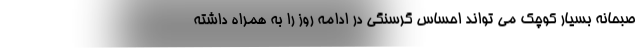
صبحانه بسیار کوچک می تواند احساس گرسنگی در ادامه روز را به همراه داشته